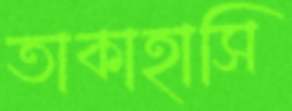
তাকাহাসি